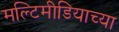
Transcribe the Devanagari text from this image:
मल्टिमीडियाच्या